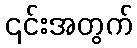
၎င်းအတွက်